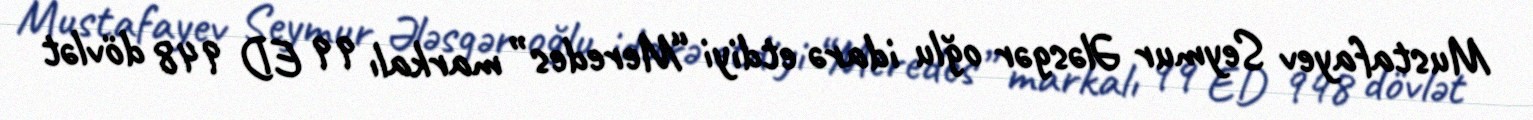
Mustafayev Seymur Ələsgər oğlu idarə etdiyi “Meredes” markalı 99 ED 948 dövlət